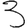
Digit: 3